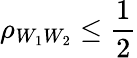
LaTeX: \rho_{W_{1}W_{2}}\leq\frac{1}{2}